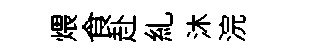
煨食赴糺沐浣